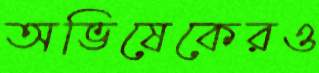
অভিষেকেরও